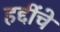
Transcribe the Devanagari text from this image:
हद्दींचे